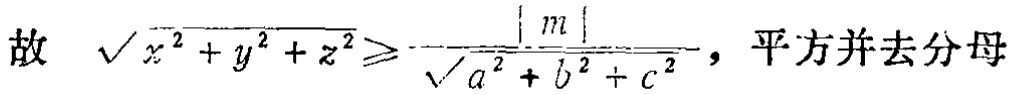
故 $\sqrt{x^{2}+y^{2}+z^{2}}\geqslant\frac{\vert m\vert}{\sqrt{a^{2}+b^{2}+c^{2}}}$，平方并去分母